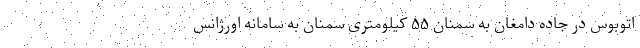
اتوبوس در جاده دامغان به سمنان ۵۵ کیلومتری سمنان به سامانه اورژانس